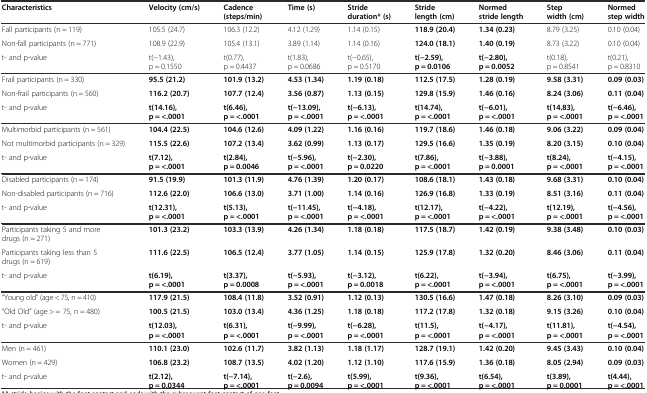
<table><thead><tr><td><b>Characteristics</b></td><td><b>Velocity (cm/s)</b></td><td><b>Cadence (steps/min)</b></td><td><b>Time (s)</b></td><td><b>Stride duration* (s)</b></td><td><b>Stride length (cm)</b></td><td><b>Normed stride length</b></td><td><b>Step width (cm)</b></td><td><b>Normed step width</b></td></tr></thead><tbody><tr><td>Fall participants (n = 119)</td><td>105.5 (24.7)</td><td>106.3 (12.2)</td><td>4.12 (1.29)</td><td>1.14 (0.15)</td><td><b>118.9 (20.4)</b></td><td><b>1.34 (0.23)</b></td><td>8.79 (3.25)</td><td>0.10 (0.04)</td></tr><tr><td>Non-fall participants (n = 771)</td><td>108.9 (22.9)</td><td>105.4 (13.1)</td><td>3.89 (1.14)</td><td>1.14 (0.16)</td><td><b>124.0 (18.1)</b></td><td><b>1.40 (0.19)</b></td><td>8.73 (3.22)</td><td>0.10 (0.04)</td></tr><tr><td>t- and p-value</td><td>t(−1.43), p = 0.1550</td><td>t(0.77), p = 0.4437</td><td>t(1.83), p = 0.0686</td><td>t(−0.65), p = 0.5170</td><td><b>t(−2.59), p = 0.0106</b></td><td><b>t(−2.80), p = 0.0052</b></td><td>t(0.18), p = 0.8541</td><td>t(0.21), p = 0.8310</td></tr><tr><td>Frail participants (n = 330)</td><td><b>95.5 (21.2)</b></td><td><b>101.9 (13.2)</b></td><td><b>4.53 (1.34)</b></td><td><b>1.19 (0.18)</b></td><td><b>112.5 (17.5)</b></td><td><b>1.28 (0.19)</b></td><td><b>9.58 (3.31)</b></td><td><b>0.09 (0.03)</b></td></tr><tr><td>Non-frail participants (n = 560)</td><td><b>116.2 (20.7)</b></td><td><b>107.7 (12.4)</b></td><td><b>3.56 (0.87)</b></td><td><b>1.13 (0.15)</b></td><td><b>129.8 (15.9)</b></td><td><b>1.46 (0.16)</b></td><td><b>8.24 (3.06)</b></td><td><b>0.11 (0.04)</b></td></tr><tr><td>t- and p-value</td><td><b>t(14.16), p = &lt;.0001</b></td><td><b>t(6.46), p = &lt;.0001</b></td><td><b>t(−13.09), p = &lt;.0001</b></td><td><b>t(−6.13), p = &lt;.0001</b></td><td><b>t(14.74), p = &lt;.0001</b></td><td><b>t(−6.01), p = &lt;.0001</b></td><td><b>t(14.83), p = &lt;.0001</b></td><td><b>t(−6.46), p = &lt;.0001</b></td></tr><tr><td>Multimorbid participants (n = 561)</td><td><b>104.4 (22.5)</b></td><td><b>104.6 (12.6)</b></td><td><b>4.09 (1.22)</b></td><td><b>1.16 (0.16)</b></td><td><b>119.7 (18.6)</b></td><td><b>1.46 (0.18)</b></td><td><b>9.06 (3.22)</b></td><td><b>0.09 (0.04)</b></td></tr><tr><td>Not multimorbid participants (n = 329)</td><td><b>115.5 (22.6)</b></td><td><b>107.2 (13.4)</b></td><td><b>3.62 (0.99)</b></td><td><b>1.13 (0.17)</b></td><td><b>129.5 (16.6)</b></td><td><b>1.35 (0.19)</b></td><td><b>8.20 (3.15)</b></td><td><b>0.10 (0.04)</b></td></tr><tr><td>t- and p-value</td><td><b>t(7.12), p = &lt;.0001</b></td><td><b>t(2.84), p = 0.0046</b></td><td><b>t(−5.96), p = &lt;.0001</b></td><td><b>t(−2.30), p = 0.0220</b></td><td><b>t(7.86), p = &lt;.0001</b></td><td><b>t(−3.88), p = 0.0001</b></td><td><b>t(8.24), p = &lt;.0001</b></td><td><b>t(−4.15), p = &lt;.0001</b></td></tr><tr><td>Disabled participants (n = 174)</td><td><b>91.5 (19.9)</b></td><td><b>101.3 (11.9)</b></td><td><b>4.76 (1.39)</b></td><td><b>1.20 (0.17)</b></td><td><b>108.6 (18.1)</b></td><td><b>1.43 (0.18)</b></td><td><b>9.68 (3.31)</b></td><td><b>0.10 (0.04)</b></td></tr><tr><td>Non-disabled participants (n = 716)</td><td><b>112.6 (22.0)</b></td><td><b>106.6 (13.0)</b></td><td><b>3.71 (1.00)</b></td><td><b>1.14 (0.16)</b></td><td><b>126.9 (16.8)</b></td><td><b>1.33 (0.19)</b></td><td><b>8.51 (3.16)</b></td><td><b>0.11 (0.04)</b></td></tr><tr><td>t- and p-value</td><td><b>t(12.31), p = &lt;.0001</b></td><td><b>t(5.13), p = &lt;.0001</b></td><td><b>t(−11.45), p = &lt;.0001</b></td><td><b>t(−4.18), p = &lt;.0001</b></td><td><b>t(12.17), p = &lt;.0001</b></td><td><b>t(−4.22), p = &lt;.0001</b></td><td><b>t(12.19), p = &lt;.0001</b></td><td><b>t(−4.56), p = &lt;.0001</b></td></tr><tr><td>Participants taking 5 and more drugs (n = 271)</td><td><b>101.3 (23.2)</b></td><td><b>103.3 (13.9)</b></td><td><b>4.26 (1.34)</b></td><td><b>1.18 (0.18)</b></td><td><b>117.5 (18.7)</b></td><td><b>1.42 (0.19)</b></td><td><b>9.38 (3.48)</b></td><td><b>0.10 (0.03)</b></td></tr><tr><td>Participants taking less than 5 drugs (n = 619)</td><td><b>111.6 (22.5)</b></td><td><b>106.5 (12.4)</b></td><td><b>3.77 (1.05)</b></td><td><b>1.14 (0.15)</b></td><td><b>125.9 (17.8)</b></td><td><b>1.32 (0.20)</b></td><td><b>8.46 (3.06)</b></td><td><b>0.11 (0.04)</b></td></tr><tr><td>t- and p-value</td><td><b>t(6.19), p = &lt;.0001</b></td><td><b>t(3.37), p = 0.0008</b></td><td><b>t(−5.93), p = &lt;.0001</b></td><td><b>t(−3.12), p = 0.0018</b></td><td><b>t(6.22), p = &lt;.0001</b></td><td><b>t(−3.94), p = &lt;.0001</b></td><td><b>t(6.75), p = &lt;.0001</b></td><td><b>t(−3.99), p = &lt;.0001</b></td></tr><tr><td>“Young old” (age &lt; 75, n = 410)</td><td><b>117.9 (21.5)</b></td><td><b>108.4 (11.8)</b></td><td><b>3.52 (0.91)</b></td><td><b>1.12 (0.13)</b></td><td><b>130.5 (16.6)</b></td><td><b>1.47 (0.18)</b></td><td><b>8.26 (3.10)</b></td><td><b>0.09 (0.03)</b></td></tr><tr><td>“Old Old” (age &gt; = 75, n = 480)</td><td><b>100.5 (21.5)</b></td><td><b>103.0 (13.4)</b></td><td><b>4.36 (1.25)</b></td><td><b>1.18 (0.18)</b></td><td><b>117.2 (17.8)</b></td><td><b>1.32 (0.18)</b></td><td><b>9.15 (3.26)</b></td><td><b>0.10 (0.04)</b></td></tr><tr><td>t- and p-value</td><td><b>t(12.03), p = &lt;.0001</b></td><td><b>t(6.31), p = &lt;.0001</b></td><td><b>t(−9.99), p = &lt;.0001</b></td><td><b>t(−6.28), p = &lt;.0001</b></td><td><b>t(11.5), p = &lt;.0001</b></td><td><b>t(−4.17), p = &lt;.0001</b></td><td><b>t(11.81), p = &lt;.0001</b></td><td><b>t(−4.54), p = &lt;.0001</b></td></tr><tr><td>Men (n = 461)</td><td><b>110.1 (23.0)</b></td><td><b>102.6 (11.7)</b></td><td><b>3.82 (1.13)</b></td><td><b>1.18 (1.17)</b></td><td><b>128.7 (19.1)</b></td><td><b>1.42 (0.20)</b></td><td><b>9.45 (3.43)</b></td><td><b>0.10 (0.04)</b></td></tr><tr><td>Women (n = 429)</td><td><b>106.8 (23.2)</b></td><td><b>108.7 (13.5)</b></td><td><b>4.02 (1.20)</b></td><td><b>1.12 (1.10)</b></td><td><b>117.6 (15.9)</b></td><td><b>1.36 (0.18)</b></td><td><b>8.05 (2.94)</b></td><td><b>0.09 (0.03)</b></td></tr><tr><td>t- and p-value</td><td><b>t(2.12), p = 0.0344</b></td><td><b>t(−7.14), p = &lt;.0001</b></td><td><b>t(−2.6), p = 0.0094</b></td><td><b>t(5.99), p = &lt;.0001</b></td><td><b>t(9.36), p = &lt;.0001</b></td><td><b>t(6.54), p = &lt;.0001</b></td><td><b>t(3.89), p = 0.0001</b></td><td><b>t(4.44), p = &lt;.0001</b></td></tr></tbody></table>